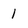
Character: 1